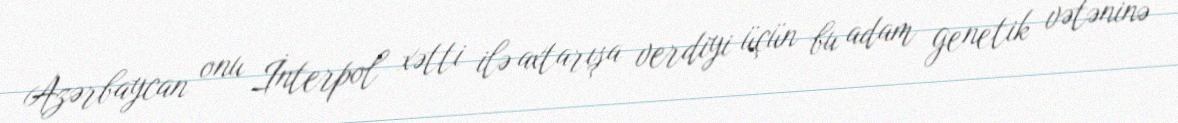
Azərbaycan onu İnterpol xətti ilə axtarışa verdiyi üçün bu adam genetik vətəninə